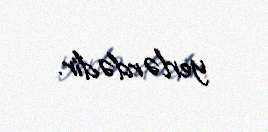
yerlərdədir.